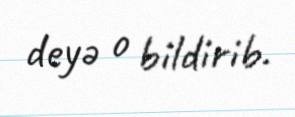
deyə o bildirib.